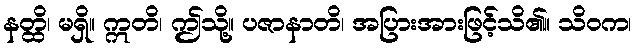
နတ္ထိ၊ မရှိ။ ဣတိ၊ ဤသို့။ ပဇာနာတိ၊ အပြားအားဖြင့်သိ၏။ သိဝက၊